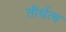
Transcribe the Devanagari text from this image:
तीर्थत्व